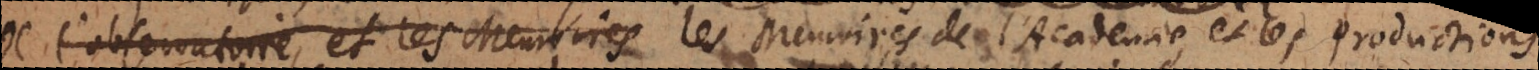
de l’observatoire, et les Memoires les Memoires de l’Academie, et les productions